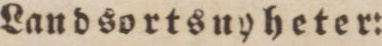
Landsortsuyheter: